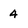
Character: 4